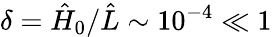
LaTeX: \delta=\hat{H}_{0}/\hat{L}\sim 10^{-4}\ll 1